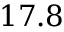
1 7 . 8